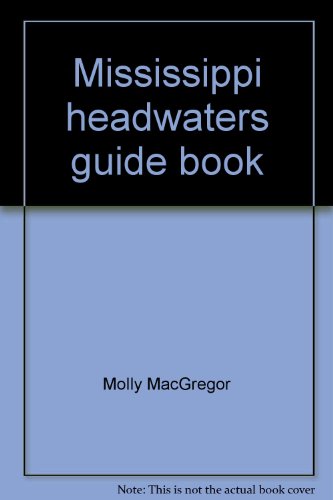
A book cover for Mississippi headwaters guide book: A guide book to the natural, cultural, scenic, scientific, and recreational values of the Mississippi River's first 400 miles; Molly MacGregor; Travel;